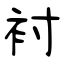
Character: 衬